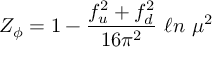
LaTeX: Z _ { \phi } = 1 - { \frac { f _ { u } ^ { 2 } + f _ { d } ^ { 2 } } { 1 6 \pi ^ { 2 } } } \ \ell n \ \mu ^ { 2 }